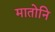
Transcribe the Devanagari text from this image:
मातोनि